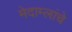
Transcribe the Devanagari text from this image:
मेदाम्लांचे